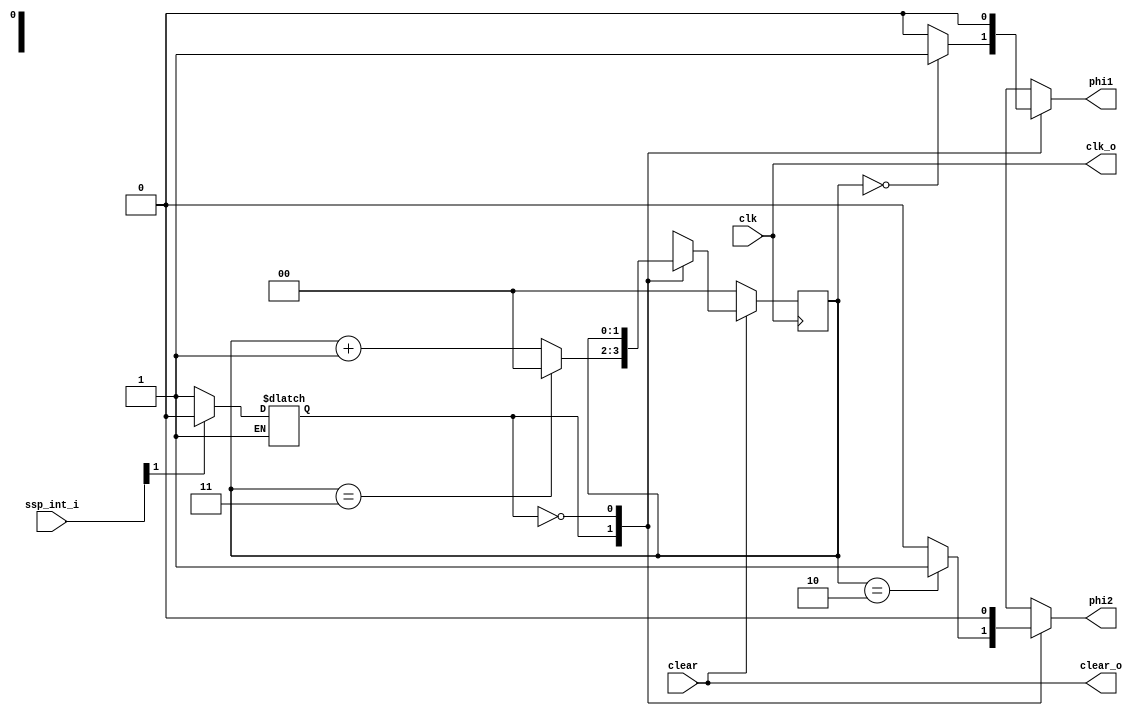
module cmu(
    input wire clk,
    input wire clear,
    input wire[1:0]  ssp_int_i,
    output wire  phi1,phi2,
    output wire  clk_o,
    output wire  clear_o
);
localparam phi1_count = 0;
localparam phi2_count = 2;

reg phi1_reg, phi2_reg;
reg [1:0] count_reg, count_reg_next;
reg state;   //free running state(1), hold state(0)

assign phi1 = phi1_reg;
assign phi2 = phi2_reg;
assign clear_o = clear;
assign clk_o = clk;

always @(ssp_int_i[1]) begin
   if (ssp_int_i[1] )state = 0; //go to hold state; 
   else if (~ssp_int_i[1]) state = 1; //go back to free running
end

always @(posedge clk) begin
    if (~clear)begin
        count_reg <= 0;
    end
    else begin
        count_reg <= count_reg_next;
    end
end

always @* begin
   count_reg_next = count_reg;

   case (state)
        1'b1:begin
           phi1_reg = (count_reg == phi1_count)? 1 : 0;
           phi2_reg = (count_reg == phi2_count)? 1 : 0; 

           count_reg_next = (count_reg == 3)? 0 : count_reg + 1;
        end
        1'b0:begin
            //hold two clocks
            phi1_reg = 0;
            phi2_reg = 0;
        end
   endcase  
end
endmodule